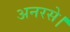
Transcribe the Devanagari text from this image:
अनरसे।